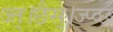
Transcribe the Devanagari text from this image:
ज्त्।छैस्।ज्प्व्छ